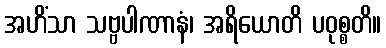
အဟိံသာ သဗ္ဗပါဏာနံ၊ အရိယောတိ ပဝုစ္စတိ။